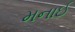
મનાઈ